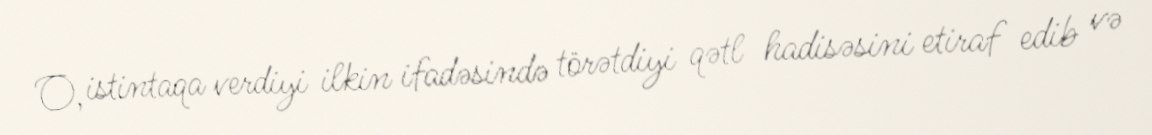
O, istintaqa verdiyi ilkin ifadəsində törətdiyi qətl hadisəsini etiraf edib və